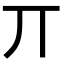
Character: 丌